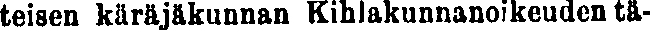
teisen käräjäkunnan Kihlakunnanoikeuden tä-